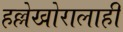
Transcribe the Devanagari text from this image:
हल्लेखोरालाही